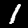
Label: 1